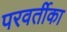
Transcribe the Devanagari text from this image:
परवर्तीका